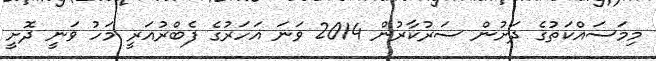
މިމަސައްކަތުގެ ދަށުން ސަރުކާރުން 2014 ވަނަ އަހަރުގެ ފެބްރުއަރީ މަހު ވަނީ ދޮށީ